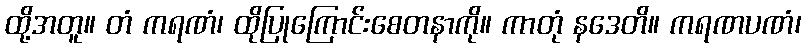
ထို့အတူ။ တံ ကရဏံ၊ ထိုပြုကြောင်းစေတနာကို။ ကာတုံ နဒေတိ။ ကရဏပဏံ၊